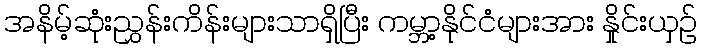
အနိမ့်ဆုံးညွှန်းကိန်းများသာရှိပြီး ကမ္ဘာ့နိုင်ငံများအား နှိုင်းယှဉ်